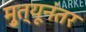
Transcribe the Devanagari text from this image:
मृुत्यूनंतर